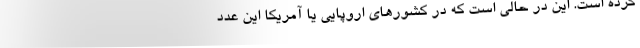
کرده است. این در حالی است که در کشورهای اروپایی یا آمریکا این عدد